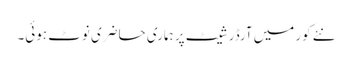
نئے کور میں آرڈر شیٹ پر ہماری حاضری نوٹ ہوئی۔